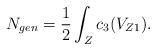
LaTeX: \begin{align*}N_{gen} = \frac{1}{2} \int_{Z} c_{3}(V_{Z1}).\end{align*}